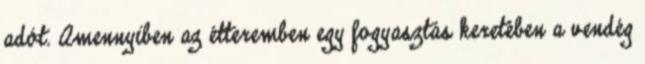
adót. Amennyiben az étteremben egy fogyasztás keretében a vendég